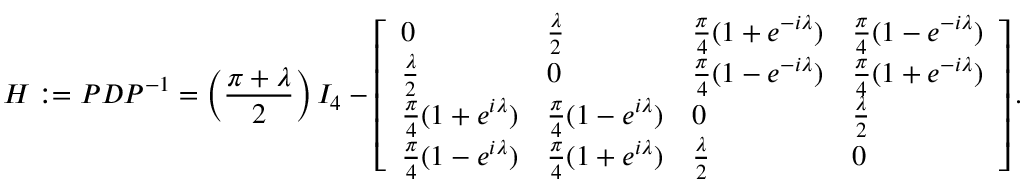
H : = P D P ^ { - 1 } = \left( \frac { \pi + \lambda } { 2 } \right) I _ { 4 } - \left[ \begin{array} { l l l l } { 0 } & { \frac { \lambda } { 2 } } & { \frac { \pi } { 4 } ( 1 + e ^ { - i \lambda } ) } & { \frac { \pi } { 4 } ( 1 - e ^ { - i \lambda } ) } \\ { \frac { \lambda } { 2 } } & { 0 } & { \frac { \pi } { 4 } ( 1 - e ^ { - i \lambda } ) } & { \frac { \pi } { 4 } ( 1 + e ^ { - i \lambda } ) } \\ { \frac { \pi } { 4 } ( 1 + e ^ { i \lambda } ) } & { \frac { \pi } { 4 } ( 1 - e ^ { i \lambda } ) } & { 0 } & { \frac { \lambda } { 2 } } \\ { \frac { \pi } { 4 } ( 1 - e ^ { i \lambda } ) } & { \frac { \pi } { 4 } ( 1 + e ^ { i \lambda } ) } & { \frac { \lambda } { 2 } } & { 0 } \end{array} \right] .